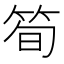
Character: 筍